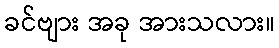
ခင်ဗျား အခု အားသလား။